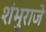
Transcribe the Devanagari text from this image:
शंभुराजे